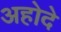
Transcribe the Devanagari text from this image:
अहोदे